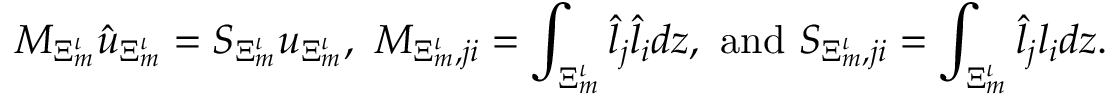
\boldsymbol { M } _ { \Xi _ { m } ^ { \iota } } \hat { \boldsymbol { u } } _ { \Xi _ { m } ^ { \iota } } = \boldsymbol { S } _ { \Xi _ { m } ^ { \iota } } \boldsymbol { u } _ { \Xi _ { m } ^ { \iota } } , \ M _ { \Xi _ { m } ^ { \iota } , j i } = \int _ { \Xi _ { m } ^ { \iota } } \hat { l } _ { j } \hat { l } _ { i } d \boldsymbol { z } , \ \mathrm { a n d } \ S _ { \Xi _ { m } ^ { \iota } , j i } = \int _ { \Xi _ { m } ^ { \iota } } \hat { l } _ { j } l _ { i } d \boldsymbol { z } .